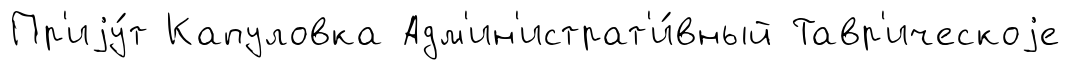
Пр'иjу́т Капуловка Адм'ин'истрат'и́вный Тавр'ическоjе